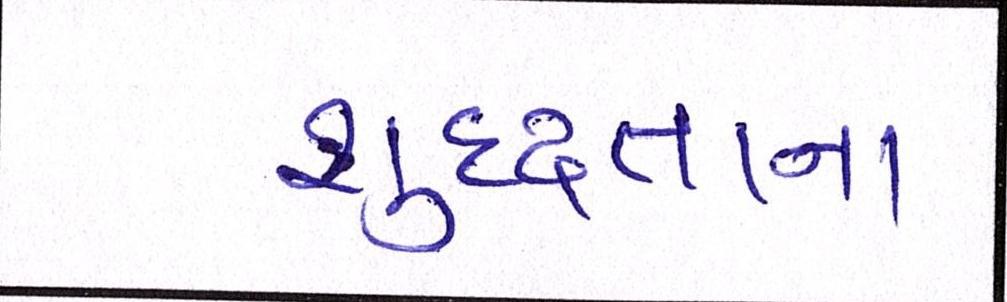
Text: શુદ્ધતાના